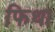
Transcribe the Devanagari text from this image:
फिथा